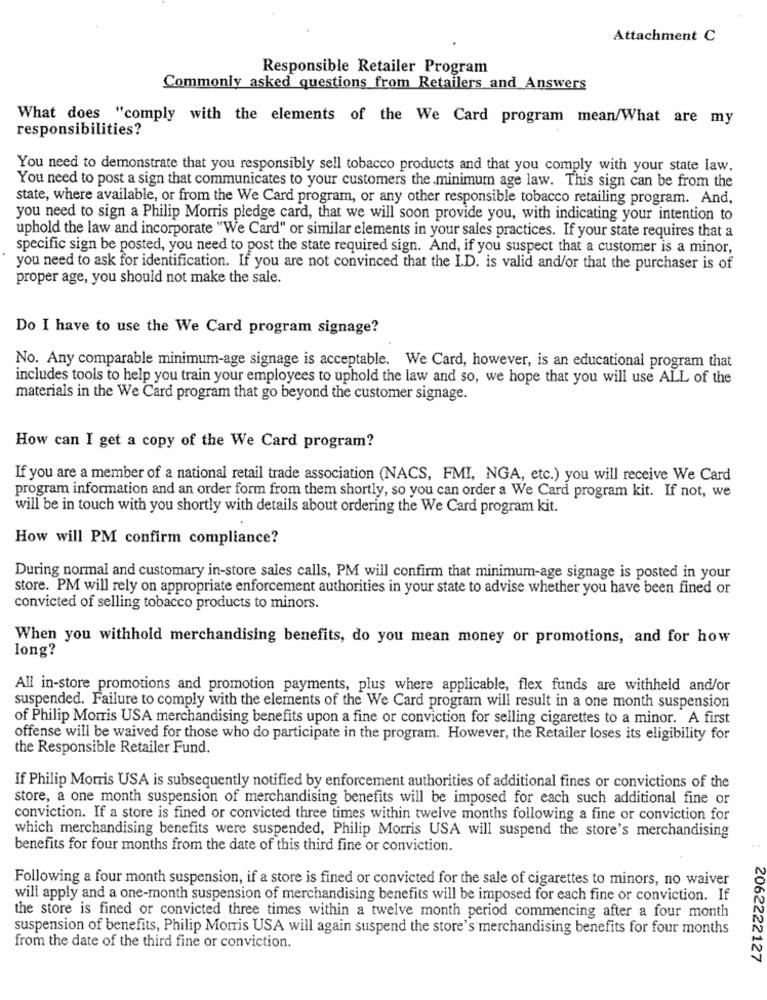
Attachment C
Responsible Retailer Program
Commonly asked questions from Retailers and Answers
What does "comply with the elements of the We Card program mean/What are my
responsibilities?
You need to demonstrate that you responsibly sell tobacco products and that you comply with your state law.
You need to post a sign that communicates to your customers the minimum age law. This sign can be from the
state, where available, or from the We Card program, or any other responsible tobacco retailing program. And,
you need to sign a Philip Morris pledge card, that we will soon provide you, with indicating your intention to
uphold the law and incorporate "We Card" or similar elements in your sales practices. If your state requires that a
specific sign be posted, you need to post the state required sign. And, if you suspect that a customer is a minor,
you need to ask for identification. If you are not convinced that the I.D. is valid and/or that the purchaser is of
proper age, you should not make the sale.
Do I have to use the We Card program signage?
No. Any comparable minimum-age signage is acceptable. We Card, however, is an educational program that
includes tools to help you train your employees to uphold the law and so, we hope that you will use ALL of the
materials in the We Card program that go beyond the customer signage.
How can I get a copy of the We Card program?
If you are a member of a national retail trade association (NACS, FMI, NGA, etc.) you will receive We Card
program information and an order form from them shortly, so you can order a We Card program kit. If not, we
will be in touch with you shortly with details about ordering the We Card program kit.
How will PM confirm compliance?
During normal and customary in-store sales calls, PM will confirm that minimum-age signage is posted in your
store. PM will rely on appropriate enforcement authorities in your state to advise whether you have been fined or
convicted of selling tobacco products to minors.
When you withhold merchandising benefits, do you mean money or promotions, and for how
long?
All in-store promotions and promotion payments, plus where applicable, flex funds are withheld and/or
suspended. Failure to comply with the elements of the We Card program will result in a one month suspension
of Philip Morris USA merchandising benefits upon a fine or conviction for selling cigarettes to a minor. A first
offense will be waived for those who do participate in the program. However, the Retailer loses its eligibility for
the Responsible Retailer Fund.
If Philip Morris USA is subsequently notified by enforcement authorities of additional fines or convictions of the
store, a one month suspension of merchandising benefits will be imposed for each such additional fine or
conviction. If a store is fined or convicted three times within twelve months following a fine or conviction for
which merchandising benefits were suspended, Philip Morris USA will suspend the store's merchandising
benefits for four months from the date of this third fine or conviction.
Following a four month suspension, if a store is fined or convicted for the sale of cigarettes to minors, no waiver
will apply and a one-month suspension of merchandising benefits will be imposed for each fine or conviction. If
the store is fined or convicted three times within a twelve month period commencing after a four month
suspension of benefits, Philip Morris USA will again suspend the store's merchandising benefits for four months
from the date of the third fine or conviction.
2062222127